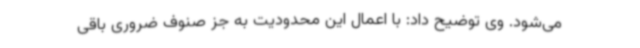
می‌شود. وی توضیح داد: با اعمال این محدودیت به جز صنوف ضروری باقی